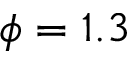
\phi = 1 . 3